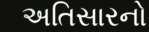
અતિસારનો